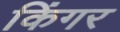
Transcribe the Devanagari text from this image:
किंगर